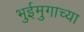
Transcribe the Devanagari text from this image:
भुईमुगाच्या